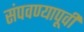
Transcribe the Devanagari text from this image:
संपवण्यापूर्वी